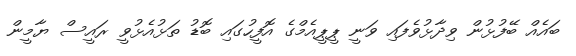
ބައެއް ބޭފުޅުން ވިދާޅުވެފައި ވަނީ ޕީޕީއެމްގެ އޮފީހުގައި ބޮޑު ތަޅުއެޅުވީ ރައީސް ޔާމީން